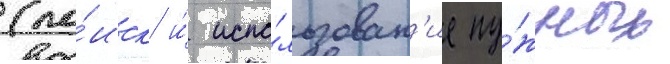
(по́иск и́ испо́льзован'ие ну́жных